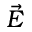
\Vec { E }